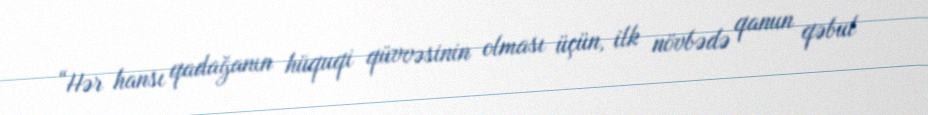
“Hər hansı qadağanın hüquqi qüvvəsinin olması üçün, ilk növbədə qanun qəbul